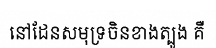
នៅដែនសមុទ្រចិនខាងត្បូង គឺ